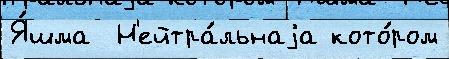
Я́шма  Н'ейтра́льнаjа кото́ром